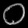
Digit: ၀